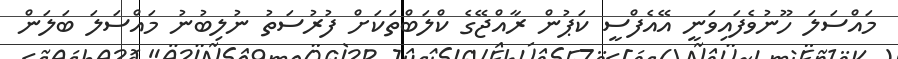
މައްސަލަ ހޫނުވެފައިވަނީ އޭއެފްސީ ކަޕުން ރާއްޖޭގެ ކްލަބްތަކަށް ފުރުސަތު ނުލިބުނު މައްސަލަ ބަލަން